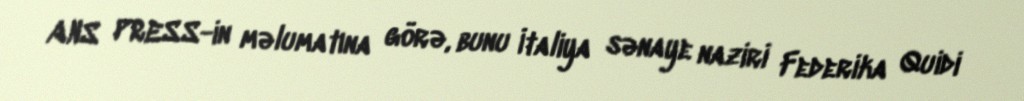
ANS PRESS-in məlumatına görə, bunu İtaliya sənaye naziri Federika Quidi